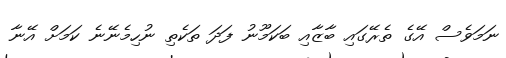
ނަމަވެސް އޭގެ ތެރޭގައި ބާޒާއި ބަކަމޫނު ފަދަ ތަކެތި ނުހިމެނޭނެ ކަމަށް އޭނާ